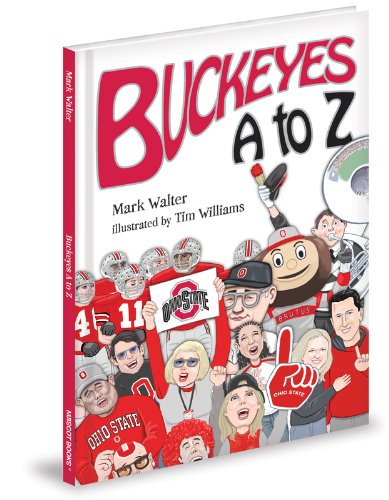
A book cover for Buckeyes A to Z; Mark Walter; Children's Books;